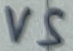
Text: VS